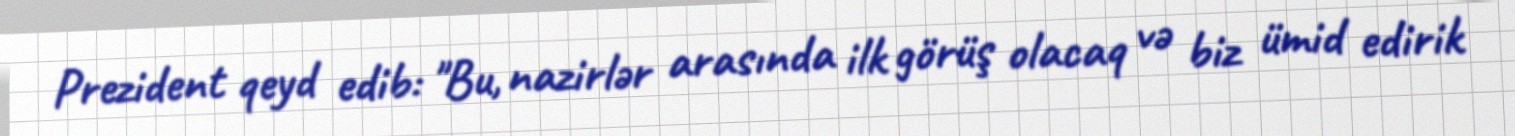
Prezident qeyd edib: "Bu, nazirlər arasında ilk görüş olacaq və biz ümid edirik